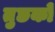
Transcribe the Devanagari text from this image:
तुछको